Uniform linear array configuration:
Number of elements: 4
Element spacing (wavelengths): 1
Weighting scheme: hamming
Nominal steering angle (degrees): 45
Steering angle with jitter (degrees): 46.289
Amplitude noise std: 0.05
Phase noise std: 0.05

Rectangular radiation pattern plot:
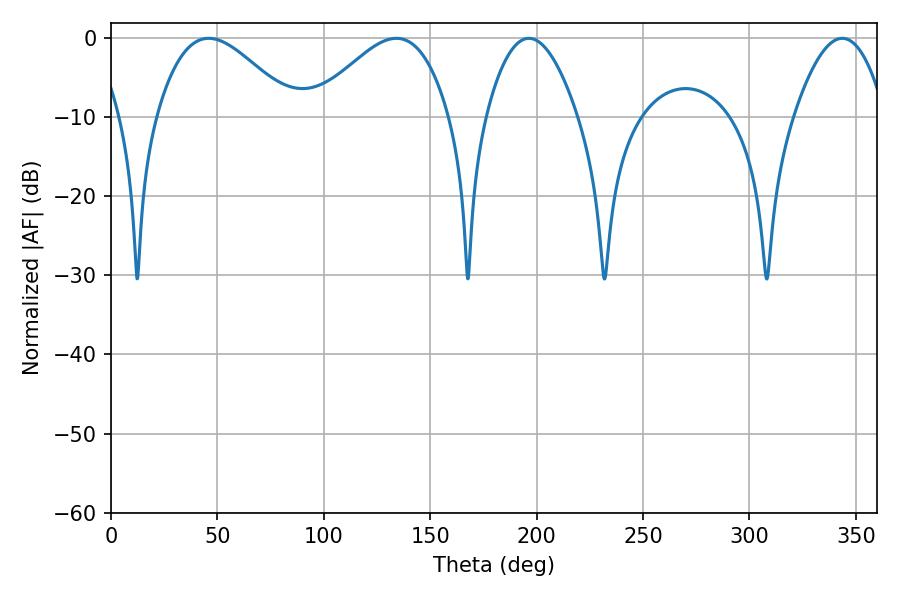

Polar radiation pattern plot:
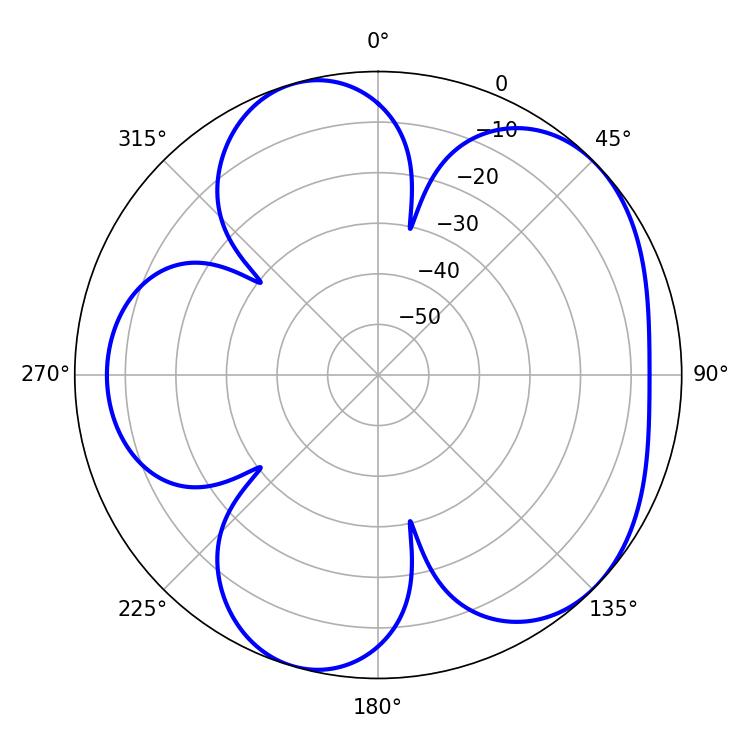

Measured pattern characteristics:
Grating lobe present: TRUE
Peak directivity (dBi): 5.153
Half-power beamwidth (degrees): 23.58
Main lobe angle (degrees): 196.38